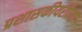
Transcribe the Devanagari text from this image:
प्रशासकीयरीत्या